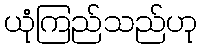
ယုံကြည်သည်ဟု